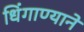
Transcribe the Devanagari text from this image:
धिंगाण्याने